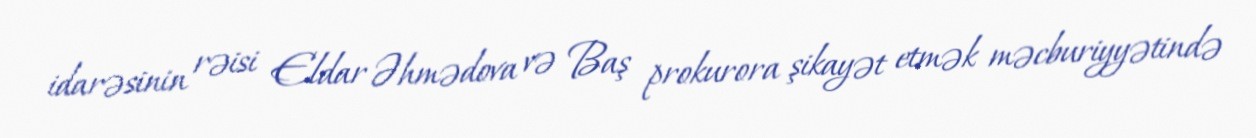
idarəsinin rəisi Eldar Əhmədova və Baş prokurora şikayət etmək məcburiyyətində